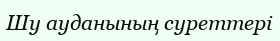
Шу ауданының суреттері